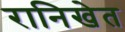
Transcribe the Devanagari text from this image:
रानिखेत